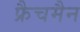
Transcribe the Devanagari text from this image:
फ्रैचमैन